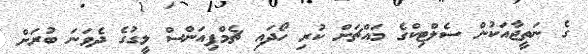
ގެ ނަތީޖާއަކުން ސެލްޓިކްގެ މައްޗަށް ކުރި ހޯދައި ޗެމްޕިއަންސް ލީގުގެ ދެވަނަ ބުރަށް